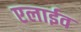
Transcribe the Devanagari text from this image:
एलाईव